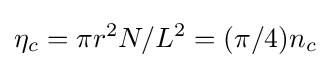
\eta _{c}=\pi r^{2}N/L^{2}=(\pi /4)n_{c}